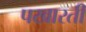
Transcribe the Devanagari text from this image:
पखारती